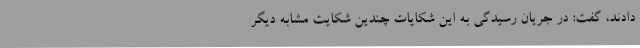
دادند، گفت:‌ در جریان رسیدگی به این شکایات چندین شکایت مشابه دیگر